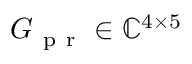
G _ { \mathrm { ~ p ~ r ~ } } \in \mathbb { C } ^ { 4 \times 5 }